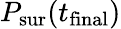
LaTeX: P_{\mathrm{sur}}(t_{\mathrm{final}})